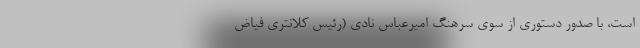
است، با صدور دستوری از سوی سرهنگ امیرعباس نادی (رئیس کلانتری فیاض